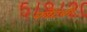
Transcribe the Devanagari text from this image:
कोंटबी